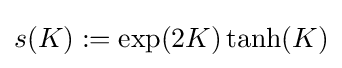
s(K):=\exp(2K)\tanh(K)